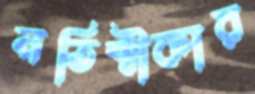
নতিস্বীকার